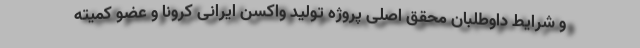
و شرایط داوطلبان محقق اصلی پروژه تولید واکسن ایرانی کرونا و عضو کمیته